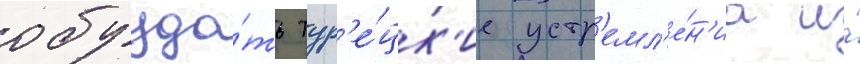
обузда́ть тур'е́цк'ие устр'емл'е́н'иа и́